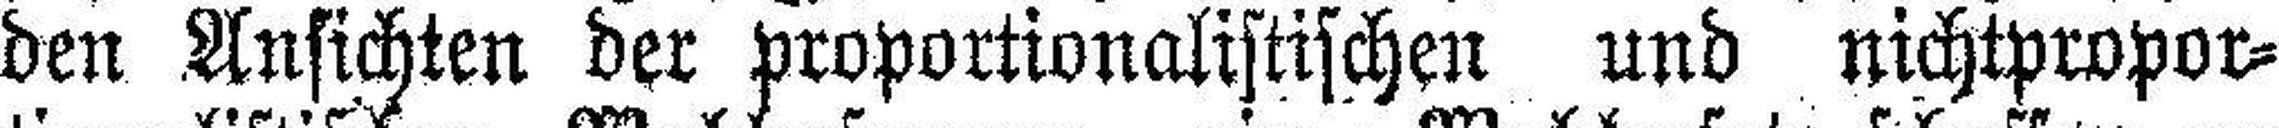
den Ansichten der proportionalistischen und nichtpropor¬